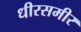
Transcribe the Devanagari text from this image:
धीरसमीर